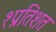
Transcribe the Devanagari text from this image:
१प्रतिशत